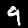
Label: 9